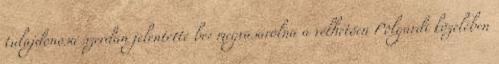
tulajdonosa szerdán jelentette be: megvásárolná a vélhetően Polgárdi közelében